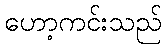
ဟော့ကင်းသည်